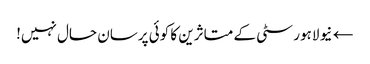
← نیو لاہور سٹی کے متاثرین کا کوئی پرسان حال نہیں!